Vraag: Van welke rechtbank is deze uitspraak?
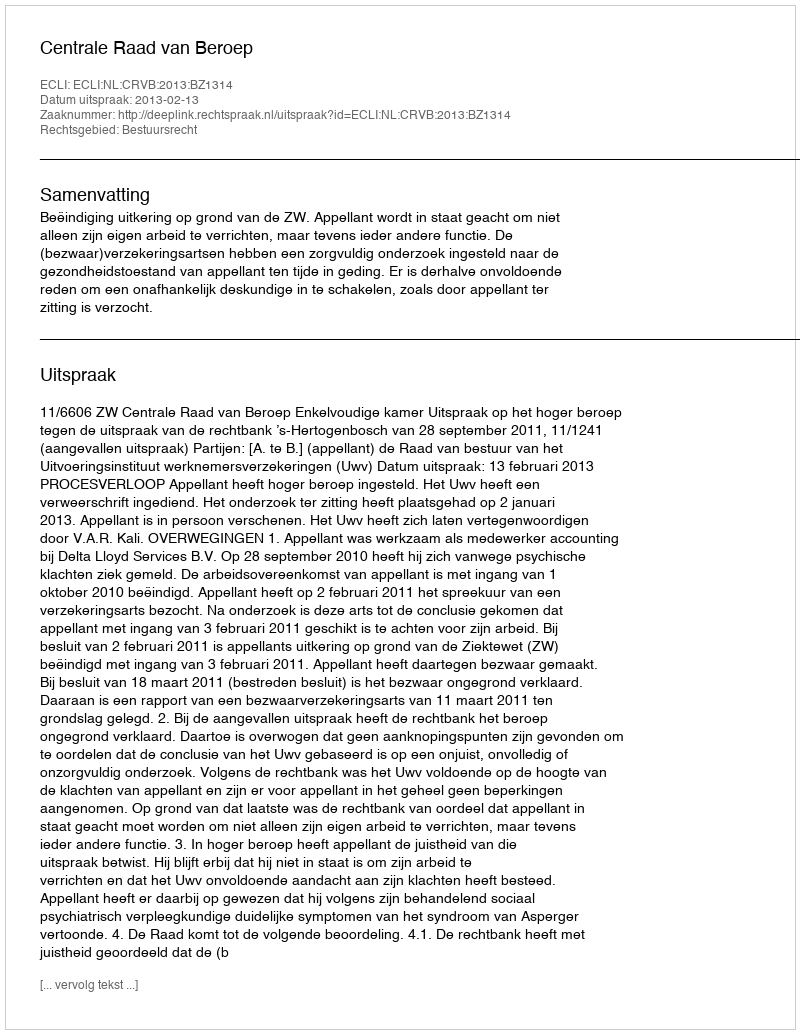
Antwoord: Centrale Raad van Beroep